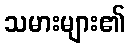
သမားများ၏